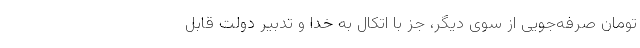
تومان صرفه‌جویی از سوی دیگر، جز با اتکال به خدا و تدبیر دولت قابل